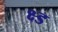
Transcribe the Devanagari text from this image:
क्ष्ड